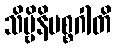
သိဗ္ဗိနိမစ္စဂါတိ